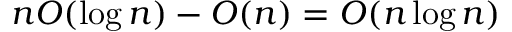
n O ( \log n ) - O ( n ) = O ( n \log n )